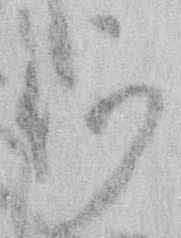
何